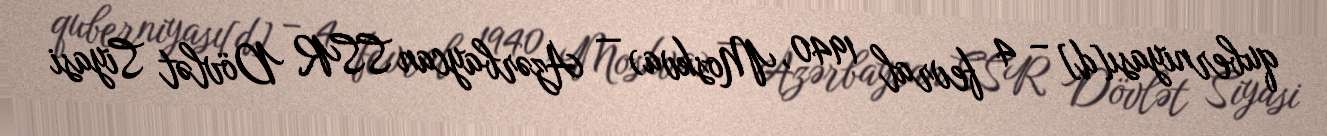
quberniyası[d] – 4 fevral 1940, Moskva) — Azərbaycan SSR Dövlət Siyasi